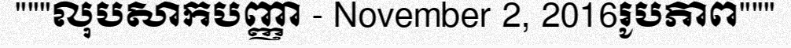
"""លុបសាកបញ្ញា - November 2, 2016រូបភាព"""